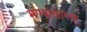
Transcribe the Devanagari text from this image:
मण्यांसारखे